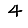
Digit: 4